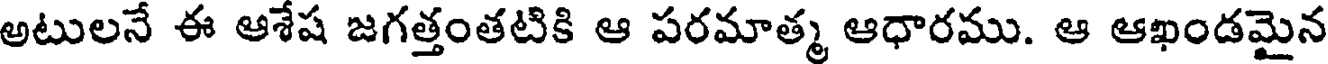
అటులనే ఈ ఆశేష జగత్తంతటికి ఆ పరమాత్మ ఆధారము. ఆ ఆఖండమైన